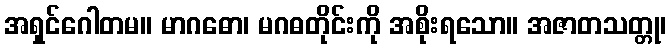
အရှင်ဂေါတမ။ မာဂဓော၊ မဂဓတိုင်းကို အစိုးရသော။ အဇာတသတ္တု၊